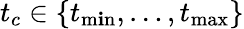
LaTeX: t_{c}\in\{ t_{\operatorname*{m\mathbf{i}n}},\dots,t_{\operatorname*{max}}\}